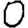
Digit: 0